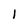
Character: 1